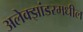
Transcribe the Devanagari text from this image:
अलेक्झांडरमधील